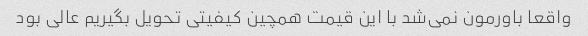
واقعا باورمون نمی‌شد با این قیمت همچین کیفیتی تحویل بگیریم عالی بود